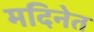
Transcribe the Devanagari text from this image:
मदिनेत